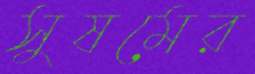
সুষমের